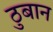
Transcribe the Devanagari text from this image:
ठुबान